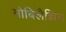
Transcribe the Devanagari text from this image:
मोबिलैझिंग